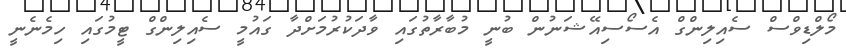
މޯލްޑިވްސް ސެއިލިންގް އެސޯސިއޭޝަނުން ބުނީ މުބާރާތުގައި ވާދަކުރުމަށްދާ ގައުމީ ސެއިލިންގް ޓީމުގައި ހިމެނެނީ